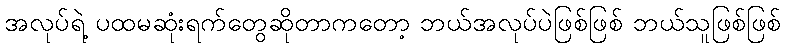
အလုပ်ရဲ့ ပထမဆုံးရက်တွေဆိုတာကတော့ ဘယ်အလုပ်ပဲဖြစ်ဖြစ် ဘယ်သူဖြစ်ဖြစ်